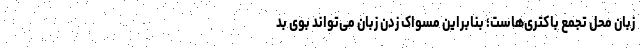
زبان محل تجمع باکتری‌هاست؛ بنابراین مسواک زدن زبان می‌تواند بوی بد